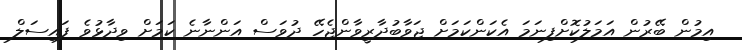
އިމުން ބޭރުން އަމަލުކޮށްފިނަމަ އެކަންކަމަށް ޖަވާބުދާރީވާންޖެހޭ ދުވަސް އަންނާނެ ކަމަށް ވިދާޅުވެ ފައިސަލް